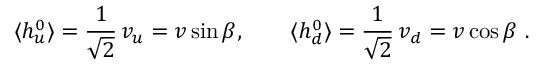
\langle h _ { u } ^ { 0 } \rangle = \frac { 1 } { \sqrt { 2 } } \, v _ { u } = v \sin \beta , \qquad \langle h _ { d } ^ { 0 } \rangle = \frac { 1 } { \sqrt { 2 } } \, v _ { d } = v \cos \beta \ .